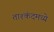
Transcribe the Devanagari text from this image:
ताश्कंदमध्ये